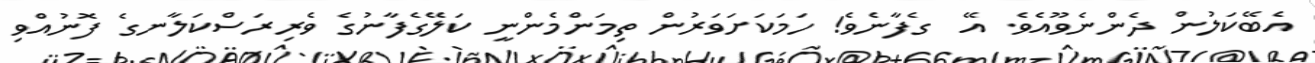
އެބޭކަލުން ދެންނެވޫއެވެ. އޭ  ގެފާނެވެ! ހަމަކަށަވަރުން ތިމަންމެންނީ ކަލޭގެފާނުގެ ވެރިރަސްކަލާނގެ ފޮނުއްވި